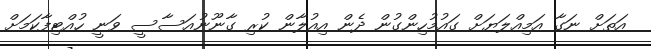
އަތަށް ނަގާ އަމިއްލަޔަށް ގައުމުހިންގުން ދެން އިއުލާން ކުރި ގާނޫނުއަސާސީ ވަނީ ހުއްޓިފާކަމަށް